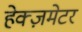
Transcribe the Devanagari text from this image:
हेक्ज़मेटर